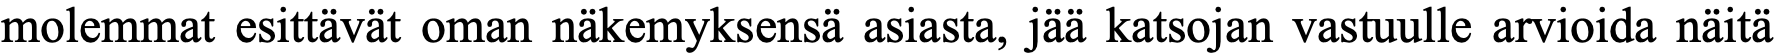
molemmat esittävät oman näkemyksensä asiasta, jää katsojan vastuulle arvioida näitä